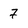
Character: 7